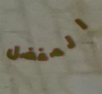
المفضل